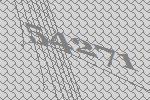
54271